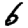
Digit: 6